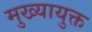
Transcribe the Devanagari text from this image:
मुख्यायुक्त